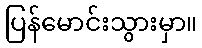
ပြန်မောင်းသွားမှာ။